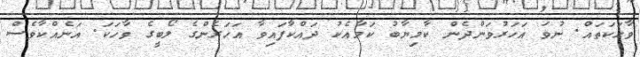
ވާހަކަތައް. ނުވަ އަހަރުވަންދެން ކާމިޔާބު ކަމާއެކު ދައްކާފައިވާ އަހަރެންގެ ލޯބީގެ ވާހަކަ. އަނެއްކާވެސް